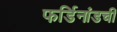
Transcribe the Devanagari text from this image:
फर्डिनांडची